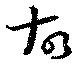
故